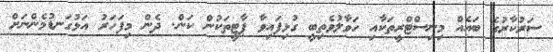
ސަރުކާރުގެ ބައެއް މިނިސްޓްރީތަކާއި ހަވާލުވެތިބީ ގުޅިފައިވާ ޕާޓީތަކުން ކަން. ދެން މިފަހަރު އަޅުގަނޑުމެންނަށް